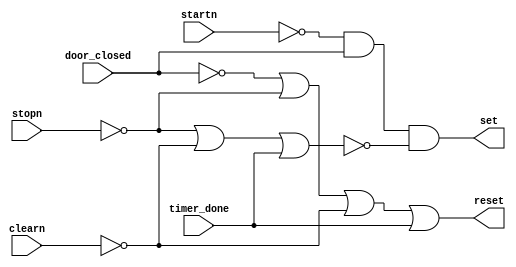
module magnetron_control(input wire startn,input wire stopn,input wire clearn,input wire door_closed,input wire timer_done,output reg set, output reg reset);

  always @(*)
    begin
      set <= (~startn && door_closed) && ~(~stopn || ~clearn || timer_done);
      
      reset <= (~door_closed || ~stopn || ~clearn || timer_done);
      
    end
endmodule